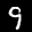
Label: 9